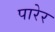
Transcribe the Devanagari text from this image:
पारेर